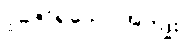
ပူဇော်ရသော အကျိုး။